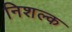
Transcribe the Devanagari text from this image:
निशल्क